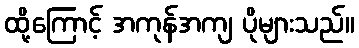
ထို့ကြောင့် အကုန်အကျ ပိုများသည်။